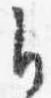
自